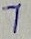
Text: 1